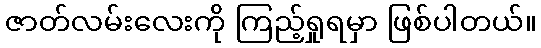
ဇာတ်လမ်းလေးကို ကြည့်ရှုရမှာ ဖြစ်ပါတယ်။